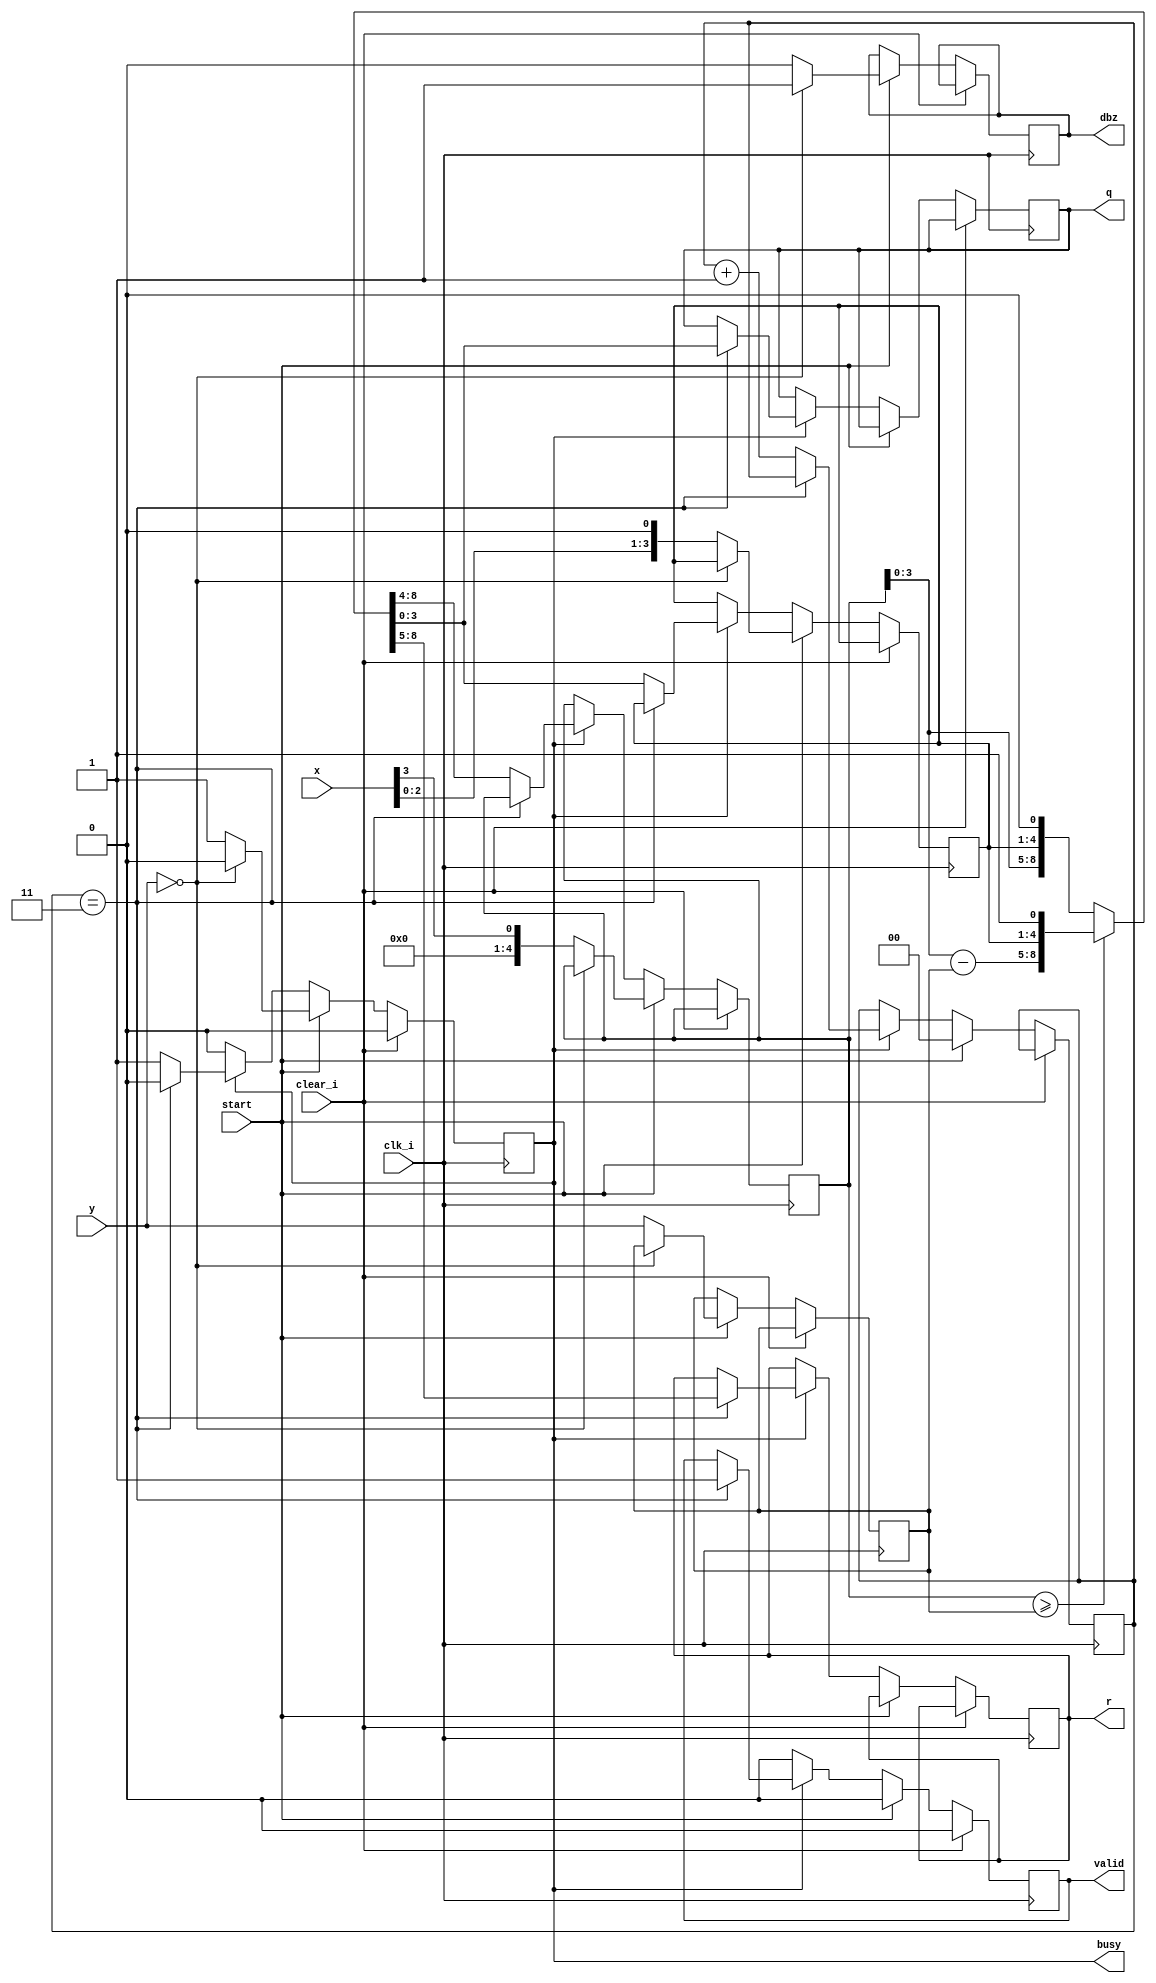
`ifndef RV32IM_DIV
`define RV32IM_DIV

module rv32im_div #(parameter WIDTH=4) (
    input wire clk_i,
    input wire clear_i,
    input wire start,          // start signal
    output reg busy = 0,           // calculation in progress
    output reg valid = 0,          // quotient and remainder are valid
    output reg dbz = 0,            // divide by zero flag
    input wire [WIDTH-1:0] x,  // dividend
    input wire [WIDTH-1:0] y,  // divisor
    output reg [WIDTH-1:0] q = 0,  // quotient
    output reg [WIDTH-1:0] r = 0   // remainder
    );

    localparam WIDTH_M1 = WIDTH-1;

    reg [WIDTH-1:0] y1;
    initial y1 = 0;            // copy of divisor
    reg [WIDTH-1:0] q1, q1_next;
    initial q1 = 0;
    initial q1_next = 0;   // intermediate quotient
    reg [WIDTH:0] ac, ac_next;
    initial ac = 0;
    initial ac_next = 0;     // accumulator (1 bit wider)
    reg [$clog2(WIDTH)-1:0] i;
    initial i = 0;     // iteration counter

    always @(*) begin
        if (ac >= {1'b0,y1}) begin
            ac_next = ac - y1;
            {ac_next, q1_next} = {ac_next[WIDTH-1:0], q1, 1'b1};
        end else begin
            {ac_next, q1_next} = {ac, q1} << 1;
        end
    end

    always @(posedge clk_i) begin
        if (clear_i) begin
            valid <= 0;
            busy <= 0;
        end else if (start) begin
            valid <= 0;
            i <= 0;
            if (y == 0) begin  // catch divide by zero
                busy <= 0;
                dbz <= 1;
            end else begin  // initialize values
                busy <= 1;
                dbz <= 0;
                y1 <= y;
                {ac, q1} <= {{WIDTH{1'b0}}, x, 1'b0};
            end
        end else if (busy) begin
            if (i == WIDTH_M1[$clog2(WIDTH)-1:0]) begin  // we're done
                busy <= 0;
                valid <= 1;
                q <= q1_next;
                r <= ac_next[WIDTH:1];  // undo final shift
            end else begin  // next iteration
                i <= i + 1;
                ac <= ac_next;
                q1 <= q1_next;
            end
        end else begin
            valid <= 1'b0;
        end
    end
endmodule

`endif // RV32IM_DIV